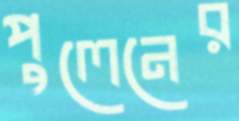
পুলেনের